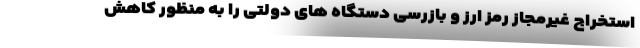
استخراج غیرمجاز رمز ارز و بازرسی دستگاه های دولتی را به منظور کاهش